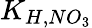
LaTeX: K_{H,NO_{3}}